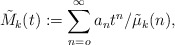
\begin{align*}\tilde{M}_k (t):=\sum _{n=o}^\infty a_nt^n/\tilde{\mu} _k(n),\end{align*}